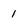
Character: 1